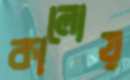
কালোয়